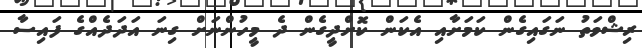
ރިޝްވަތު ނަގައިގެން ކަމަށާއި އެކަން ކޮށްދީގެން ދެ މީހުންނަށް ގިނަ އަދަދެއްގެ ފައިސާ